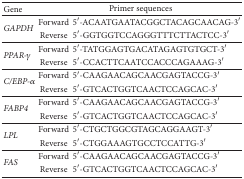
| Gene | <COLSPAN=2> Primer sequences |
 | --- | --- | --- |
 | <ROWSPAN=2> GAPDH | Forward | 5′-ACAATGAATACGGCTACAGCAACAG-3′ |
 | Reverse | 5′-GGTGGTCCAGGGTTTCTTACTCC-3′ |
 | <ROWSPAN=2> PPAR-γ | Forward | 5′-TATGGAGTGACATAGAGTGTGCT-3′ |
 | Reverse | 5′-CCACTTCAATCCACCCAGAAAG-3′ |
 | <ROWSPAN=2> C/EBP-α | Forward | 5′-CAAGAACAGCAACGAGTACCG-3′ |
 | Reverse | 5′-GTCACTGGTCAACTCCAGCAC-3′ |
 | <ROWSPAN=2> FABP4 | Forward | 5′-CAAGAACAGCAACGAGTACCG-3′ |
 | Reverse | 5′-GTCACTGGTCAACTCCAGCAC-3′ |
 | <ROWSPAN=2> LPL | Forward | 5′-CTGCTGGCGTAGCAGGAAGT-3′ |
 | Reverse | 5′-CTGGAAAGTGCCTCCATTG-3′ |
 | <ROWSPAN=2> FAS | Forward | 5′-CAAGAACAGCAACGAGTACCG-3′ |
 | Reverse | 5′-GTCACTGGTCAACTCCAGCAC-3′ |